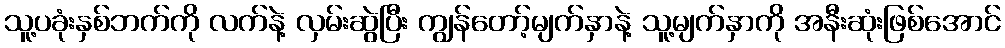
သူ့ပခုံးနှစ်ဘက်ကို လက်နဲ့ လှမ်းဆွဲပြီး ကျွန်တော့်မျက်နှာနဲ့ သူ့မျက်နှာကို အနီးဆုံးဖြစ်အောင်